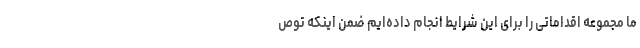
ما مجموعه اقداماتی را برای این شرایط انجام داده‌ایم ضمن اینکه توص